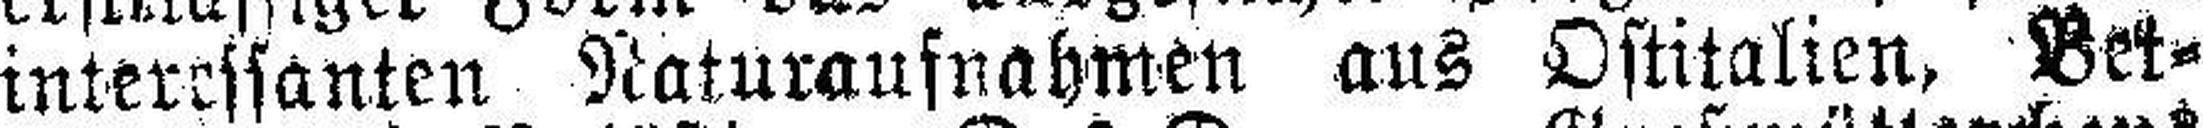
interessanten Naturaufnahmen aus Ostitalien, Bei¬